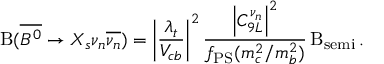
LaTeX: \mathrm { B } ( \overline { { { B ^ { 0 } } } } \rightarrow X _ { s } \nu _ { n } \overline { { { \nu _ { n } } } } ) = \left| \frac { \lambda _ { t } } { V _ { c b } } \right| ^ { 2 } \frac { \left| C _ { 9 L } ^ { \nu _ { n } } \right| ^ { 2 } } { f _ { \mathrm { P S } } ( m _ { c } ^ { 2 } / m _ { b } ^ { 2 } ) } \, \mathrm { B } _ { \mathrm { s e m i } } \, .